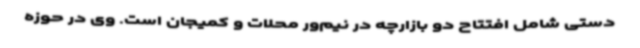
دستی شامل افتتاح دو بازارچه در نیم‌ور محلات و کمیجان است. وی در حوزه